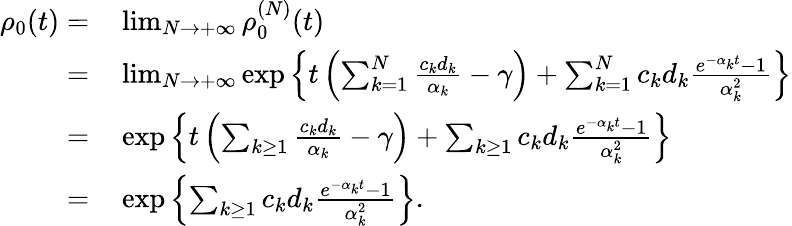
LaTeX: \begin{array}{rl}{\rho_{0}(t)=}&{{}\operatorname*{lim}_{N\to+\infty}\rho_{0}^{(N)}(t)}\\ {=}&{{}\operatorname*{lim}_{N\to+\infty}\exp\left\{ t\left(\sum_{k=1}^{N}\frac{c_{k}d_{k}}{\alpha_{k}}-\gamma\right)+\sum_{k=1}^{N}c_{k}d_{k}\frac{e^{-\alpha_{k}t}-1}{\alpha_{k}^{2}}\right\} }\\ {=}&{{}\exp\left\{ t\left(\sum_{k\geq 1}\frac{c_{k}d_{k}}{\alpha_{k}}-\gamma\right)+\sum_{k\geq 1}c_{k}d_{k}\frac{e^{-\alpha_{k}t}-1}{\alpha_{k}^{2}}\right\} }\\ {=}&{{}\exp\left\{ \sum_{k\geq 1}c_{k}d_{k}\frac{e^{-\alpha_{k}t}-1}{\alpha_{k}^{2}}\right\} .}\end{array}